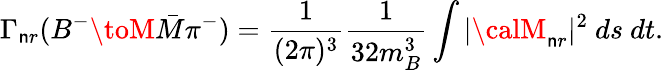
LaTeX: \Gamma_{\mathsf{n}r}(B^{-}\toM\bar{{M}}\pi^{-})=\frac{{1}}{{(2\pi)^{3}}}\frac{{1}}{{32m_{B}^{3}}}\int|{\calM}_{\mathsf{n}r}|^{2}~ds~dt.